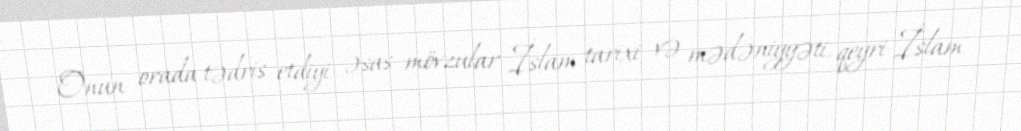
Onun orada tədris etdiyi əsas mövzular İslam tarixi və mədəniyyəti, qeyri-İslam